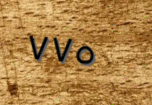
٧٧٥